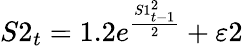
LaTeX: S2_{t}=1.2e^{\frac{S1_{t-1}^{2}}{2}}+\varepsilon 2